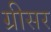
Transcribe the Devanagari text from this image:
ग्रीसर